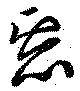
惡